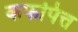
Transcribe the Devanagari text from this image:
कफपित्त